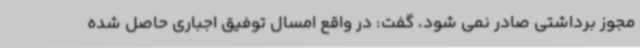
مجوز برداشتی صادر نمی شود، گفت: در واقع امسال توفیق اجباری حاصل شده